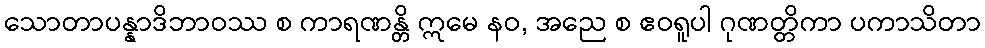
သောတာပန္နာဒိဘာဝဿ စ ကာရဏန္တိ ဣမေ နဝ, အညေ စ ဧဝရူပါ ဂုဏတ္တိကာ ပကာသိတာ